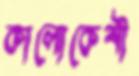
কালোকেশী